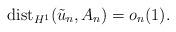
LaTeX: \begin{align*} \mbox{dist}_{H^1}(\tilde{u}_n, A_n)=o_n(1).\end{align*}